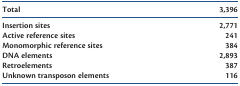
| Total | 3,396 |
 | --- | --- |
 | Insertion sites | 2,771 |
 | Active reference sites | 241 |
 | Monomorphic reference sites | 384 |
 | DNA elements | 2,893 |
 | Retroelements | 387 |
 | Unknown transposon elements | 116 |